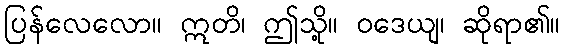
ပြန်လေလော။ ဣတိ၊ ဤသို့။ ဝဒေယျ၊ ဆိုရာ၏။